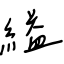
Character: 縊